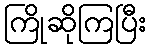
ကြိုဆိုကြပြီး